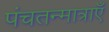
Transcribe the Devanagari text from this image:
पंचतन्मात्राएँ